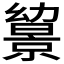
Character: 𢇔